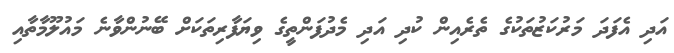
އަދި އެފަދަ މަރުކަޒުތަކުގެ ތެރެއިން ކުދި އަދި މެދުފަންތީގެ ވިޔަފާރިތަކަށް ބޭނުންވާނެ މައުލޫމާތާއި